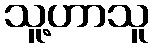
သူ့ဟာသူ